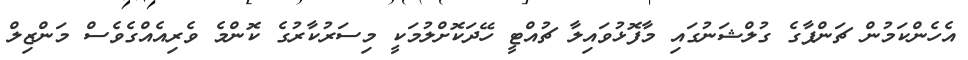
އެހެންކަމުން ޗަންޕާގެ ގުލްޝަނުގައި މާފޮޅުވައިލާ ޗުއްޓީ ހޭދަކޮށްލުމަކީ މިސަރުކާރުގެ ކޮންމެ ވެރިއެއްގެވެސް މަންޒިލް